Annual vaccination report of Bihar and Orissa - 1911-1928
Year: 1911
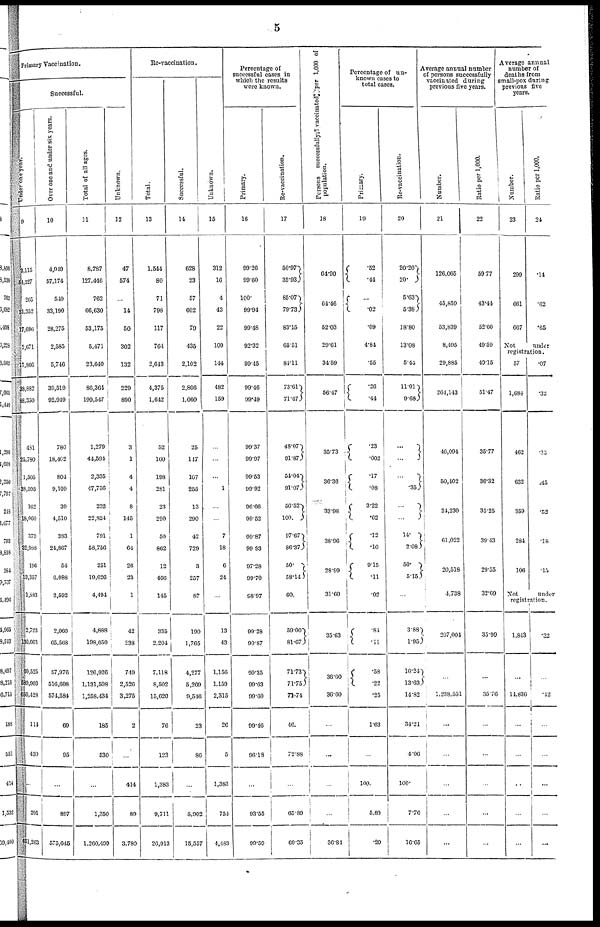
5
Primary Vaccination.
Successful.
Under one year.
9
3,115
54,327
205
31,352
17,696
2,671
17,866
38,882
88,350
481
25,780
1,505
38,595
162
18,060
379
32,988
196
13,357
l,883
2,723
130,663
60,525
589,903
650,428
114
430
...
291
651,263
Over one and under six years.
10
4,949
57,174
549
33,190
28,275
2,585
5,746
39,510
92,949
780
18,402
80.4
9,109
39
4,510
383
24,867
54
6,088
2,592
2,060
64,568
57,976
516,608
574,584
69
95
...
897
575,645
Total of all ages.
11
8,787
127,446
762
66,630
53,175
5,471
23,640
86,364
199,547
1,279
44,594
2,335
47,756
232
22,824
791
58,756
251
19,626
4,494
4,888
198,050
126,926
1,131,508
1,258,434
185
530
...
1,350
1,260,499
Unknown.
12
47
574
...
14
50
302
132
229
890
3
1
4
4
8
145
1
64
26
23
1
42
238
749
2,526
3,275
2
...
414
89
3,780
Re-vaccination.
Total.
13
1,544
80
71
798
117
764
2,643
4,375
1,642
52
160
198
281
23
290
50
862
12
466
145
335
2,204
7,118
8,502
15,620
76
123
1,383
9,711
26,913
Successful.
14
628
23
57
602
79
435
2,102
2,866
1,060
25
147
107
255
13
290
42
729
3
257
87
190
1,765
4,277
5,269
9,546
23
86
...
5,902
15,557
Unknown.
15
312
16
4
43
22
100
144
482
159
...
...
...
1
...
...
7
18
6
24
...
13
43
1,156
1,159
2,315
26
5
1,383
754
4,483
Percentage of
successful cases in
which the results
were known.
Primary.
16
99.26
99.60
100.
99.94
99.48
92.32
99.45
99.46
99.49
90.37
99.07
99.53
99.92
96.66
99.52
99.87
99.93
97.28
99.70
98.97
99.28
99.87
99.35
99.63
99.60
99.46
96.18
...
93.55
99.59
Re-vaccination.
17
50.97
35.93
85.07
79.73
83.15
65.51
81.11
73.61
71.47
48.07
91.87
54.04
91.07
56.52
100.
97.67
86.37
50.
58.14
60.
59.00
81.67
71.73
71.75
71.74
46
72.88
...
65.89
69.35
Persons successfully vaccinated per 1,000 of
population.
18
64.90
64.46
52.03
29.61
34.59
56.47
35.73
36.36
33.98
38.06
28.99
31.60
35.63
36.60
36.60
...
...
...
...
36.84
Percentage of un-
known cases to
total cases.
Primary.
19
.52
.44
...
.02
.09
4.84
.55
.26
.44
.23
.002
.17
.08
3.22
.62
.12
.10
9.15
.11
.02
.84
.11
.58
.22
.25
1.63
...
100.
5.89
.29
Re-vaccination.
20
20.20
20.
5.63
5.38
18.80
13.08
5.44
11.01
9.68
...
...
...
.35
...
...
14.
2.08
50.
5.15
...
3.88
1.95
16.24)
13.63
14.82
34.21
4.06
100.
7.76
16.65
Average annual number
of persons successfully
vaccinated during
previous five years.
Number.
21
126,065
45,850
53,839
8,495
29,885
264,143
46,094
50,402
24,230
61,022
20,518
4,738
207,004
...
1,238,551
...
...
...
...
...
Ratio per 1,000.
22
59.77
43.44
52.60
49.59
49.15
51.47
35.77
36.32
35.25
39.13
29.55
32.69
35.99
...
35.76
...
...
...
...
...
Average annual
number of
deaths from
small-pox during
previous five
years.
Number.
23
299
661
667
Ratio per 1,000.
24
.14
.62
.65
Not under
registration.
57
1,684
462
632
359
284
106
.07
.32
.35
.45
.52
.18
.15
Not under
registration.
1,843
...
11,836
...
...
...
...
...
.32
...
.42
...
...
...
...
...